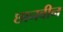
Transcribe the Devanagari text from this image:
छानवीन